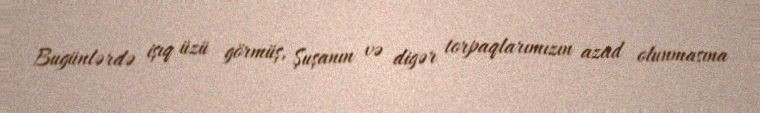
Bugünlərdə işıq üzü görmüş, Şuşanın və digər torpaqlarımızın azad olunmasına